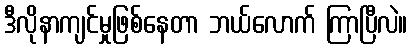
ဒီလိုနာကျင်မှုဖြစ်နေတာ ဘယ်လောက် ကြာပြီလဲ။